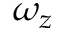
\omega _ { z }